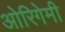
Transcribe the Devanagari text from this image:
ओरिगेमी